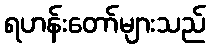
ရဟန်းတော်များသည်